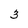
Character: 3